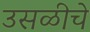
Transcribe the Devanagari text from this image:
उसळीचे